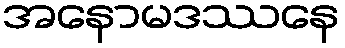
အနောမဒဿနေ